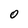
Character: 0